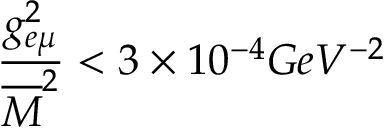
\frac { g _ { e \mu } ^ { 2 } } { \overline { { M } } ^ { 2 } } < 3 \times 1 0 ^ { - 4 } G e V ^ { - 2 }